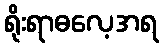
ရိုးရာဓလေ့အရ